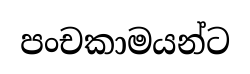
පංචකාමයන්ට